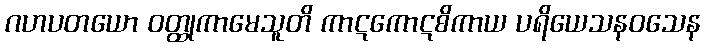
ဂဟပတယော ဝတ္ထုကာမေသူတိ ကာဋကောဋစိကာယ ပရိယေသနဝသေန